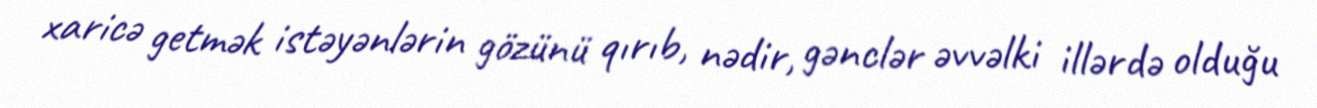
xaricə getmək istəyənlərin gözünü qırıb, nədir, gənclər əvvəlki illərdə olduğu